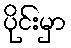
ပိုင်းမှာ